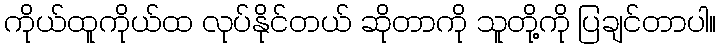
ကိုယ်ထူကိုယ်ထ လုပ်နိုင်တယ် ဆိုတာကို သူတို့ကို ပြချင်တာပါ။